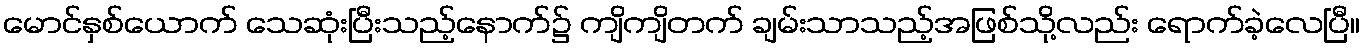
မောင်နှစ်ယောက် သေဆုံးပြီးသည့်နောက်၌ ကျိကျိတက် ချမ်းသာသည့်အဖြစ်သို့လည်း ရောက်ခဲ့လေပြီ။